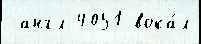
 англ 4051 вока́л